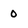
Character: 0